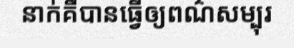
នាក់គឺបានធ្វើឲ្យពណ៌សម្បុរ